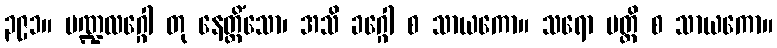
၃၉၁။ မဏ္ဍလဂ္ဂေါ တု နေတ္တိံသော၊ အသိ ခဂ္ဂေါ စ သာယကော။ သရော ပတ္တိ စ သာယကော။